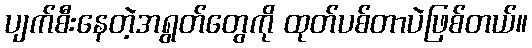
ပျက်စီးနေတဲ့အရွတ်တွေကို ထုတ်ပစ်တာပဲဖြစ်တယ်။